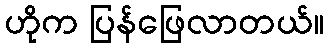
ဟိုက ပြန်ဖြေလာတယ်။